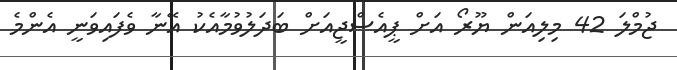
ޖުމްލަ 42 މިލިއަން ޔޫރޯ އަށް ޕީއެސްޖީއަށް ބަދަލުވުމާއެކު އޭނާ ވެފައިވަނީ އެންމެ